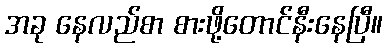
အခု နေလည်စာ စားဖို့တောင်နီးနေပြီ။